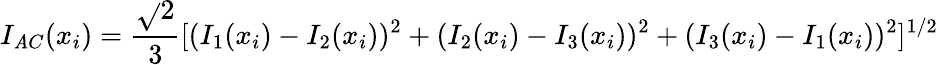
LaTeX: I_{\mathit{A}C}(x_{i})=\frac{{\sqrt{}{{2}}}}{{3}}[(I_{1}(x_{i})-I_{2}(x_{i}))^{2}+(I_{2}(x_{i})-I_{3}(x_{i}))^{2}+(I_{3}(x_{i})-I_{1}(x_{i}))^{2}]^{1/2}